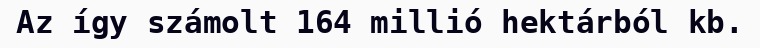
Az így számolt 164 millió hektárból kb.